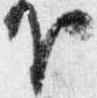
下